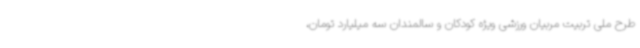
طرح ملی تربیت مربیان ورزشی ویژه کودکان و سالمندان سه میلیارد تومان،